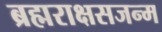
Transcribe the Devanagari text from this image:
ब्रह्मराक्षसजन्म